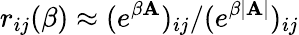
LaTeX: r_{ij}(\beta)\approx(e^{\beta\mathbf{A}})_{ij}/(e^{\beta|\mathbf{A}|})_{ij}